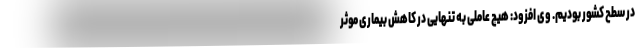
در سطح کشور بودیم. وی افزود: هیچ عاملی به تنهایی در کاهش بیماری موثر